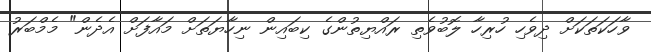
ވާހަކަތަކަށް ދިވެހި ހުރިހާ ލޮބުވެތި ރައްޔިތުންގެ ކިބައިން ނިހާޔަތަށް މައާފަށް އެދެން" މެމްބަރު